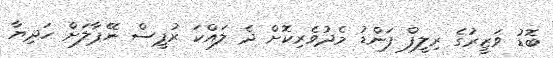
ބޮޑު ވަޒީރުގެ ރިލީފް ފަންޑު މެދުވެރިކޮށް ދެ ލައްކަ ރުޕީސް ނޭޕާލަށް ހަދިޔާ